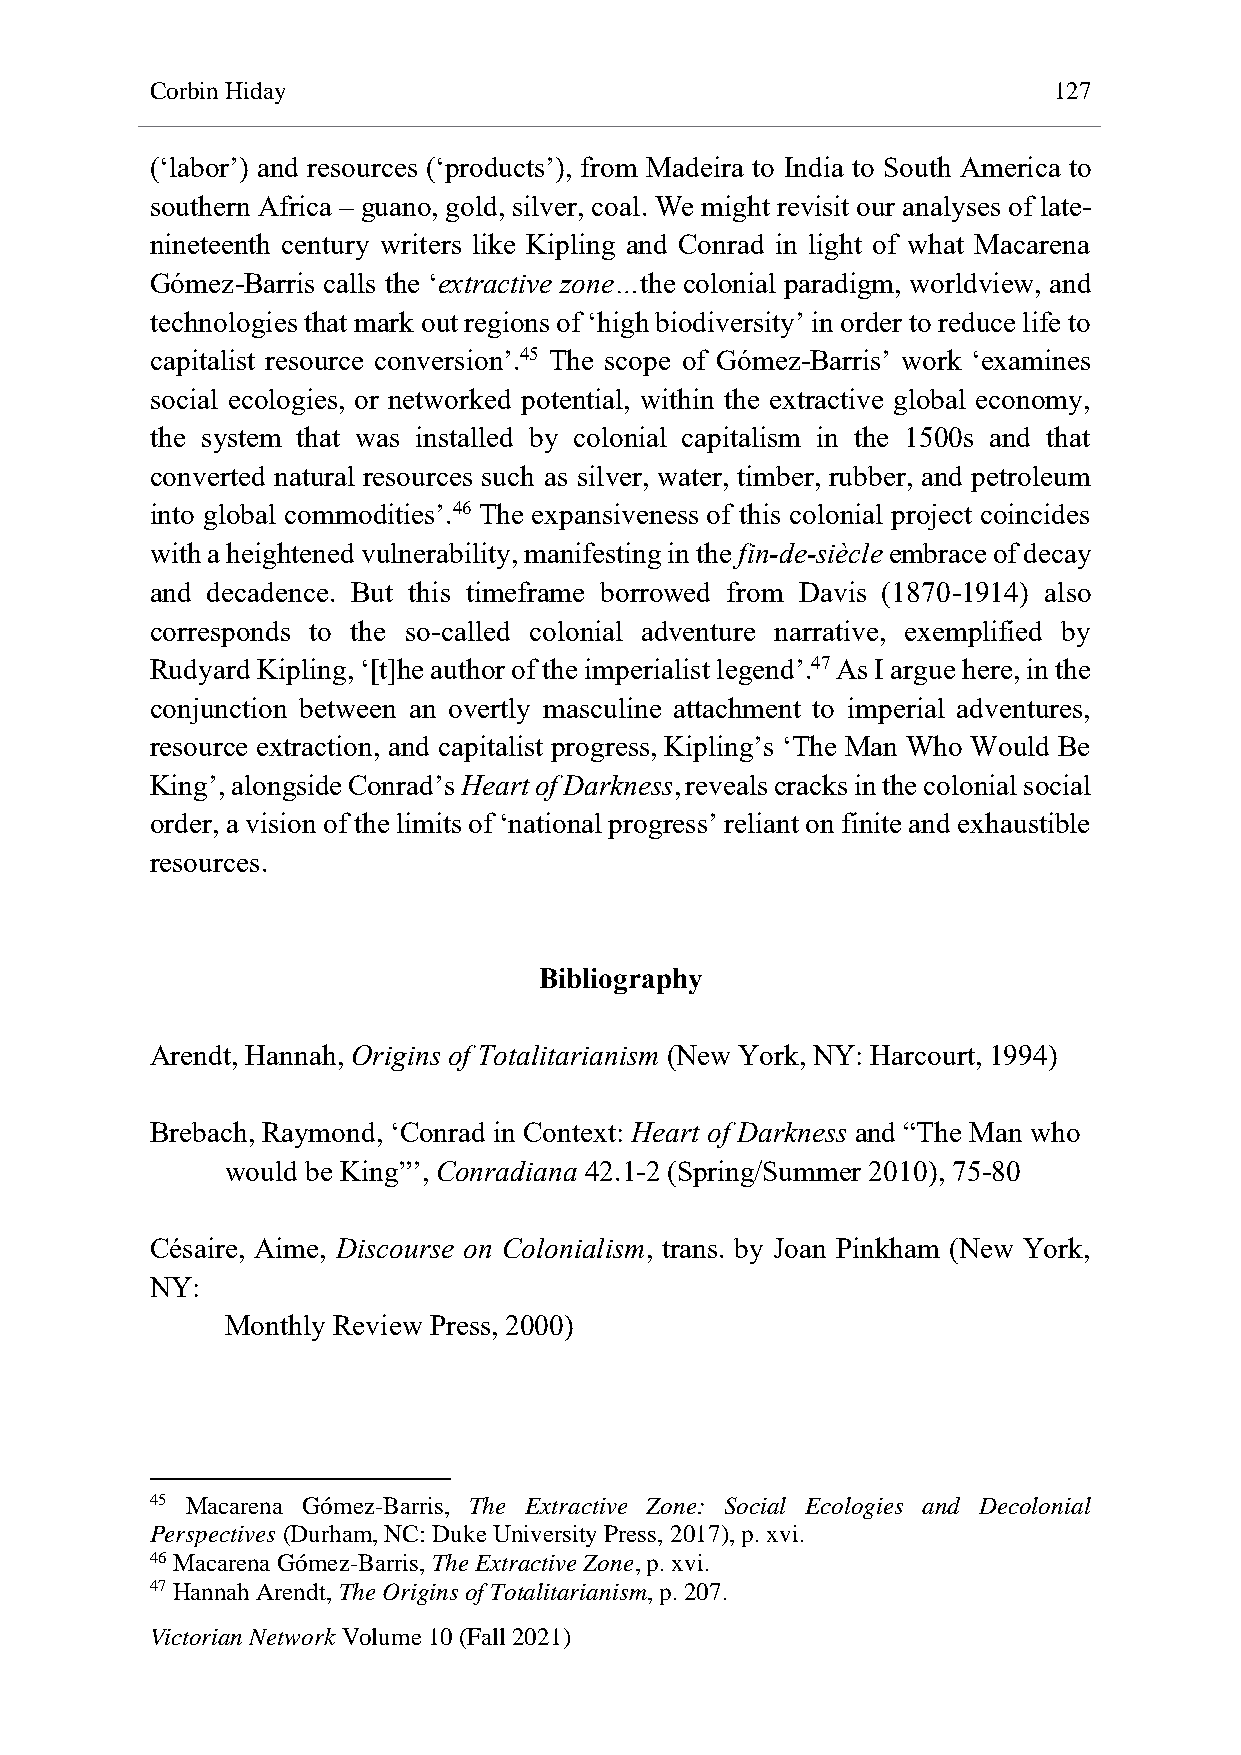
Corbin Hiday                                                127
 (‘labor’) and resources (‘products’), from Madeira to India to South America to
 southern Africa – guano, gold, silver, coal. We might revisit our analyses of late-
 nineteenth century writers like Kipling and Conrad in light of what Macarena
 Gómez-Barris calls the ‘extractive zone…the colonial paradigm, worldview, and
 technologies that mark out regions of ‘high biodiversity’ in order to reduce life to
 capitalist resource conversion’.45 The scope of Gómez-Barris’ work ‘examines
 social ecologies, or networked potential, within the extractive global economy,
 the system that was installed by colonial capitalism in the 1500s and that
 converted natural resources such as silver, water, timber, rubber, and petroleum
 into global commodities’.46 The expansiveness of this colonial project coincides
 with a heightened vulnerability, manifesting in the fin-de-siècle embrace of decay
 and decadence. But this timeframe borrowed from Davis (1870-1914) also
 corresponds to the so-called colonial adventure narrative, exemplified by
 Rudyard Kipling, ‘[t]he author of the imperialist legend’.47 As I argue here, in the
 conjunction between an overtly masculine attachment to imperial adventures,
 resource extraction, and capitalist progress, Kipling’s ‘The Man Who Would Be
 King’, alongside Conrad’s Heart of Darkness, reveals cracks in the colonial social
 order, a vision of the limits of ‘national progress’ reliant on finite and exhaustible
 resources.
 Bibliography
 Arendt, Hannah, Origins of Totalitarianism (New York, NY: Harcourt, 1994)
 Brebach, Raymond, ‘Conrad in Context: Heart of Darkness and “The Man who
 would be King”’, Conradiana 42.1-2 (Spring/Summer 2010), 75-80
 Césaire, Aime, Discourse on Colonialism, trans. by Joan Pinkham (New York,
 NY:
 Monthly Review Press, 2000)
 45 Macarena Gómez-Barris, The Extractive Zone: Social Ecologies and Decolonial
 Perspectives (Durham, NC: Duke University Press, 2017), p. xvi.
 46 Macarena Gómez-Barris, The Extractive Zone, p. xvi.
 47 Hannah Arendt, The Origins of Totalitarianism, p. 207.
 Victorian Network Volume 10 (Fall 2021)